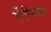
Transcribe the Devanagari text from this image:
सेंटीनल्स